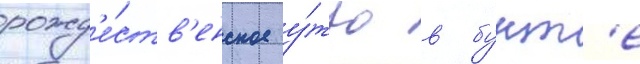
рожд'е́ств'енское у́тро в бунт'е